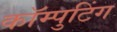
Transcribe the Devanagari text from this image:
कॉम्पुटिंग